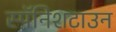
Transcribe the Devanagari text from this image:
स्पॅनिशटाउन